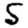
Digit: 5